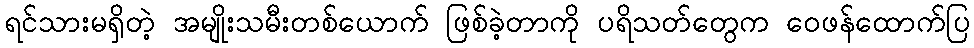
ရင်သားမရှိတဲ့ အမျိုးသမီးတစ်ယောက် ဖြစ်ခဲ့တာကို ပရိသတ်တွေက ဝေဖန်ထောက်ပြ